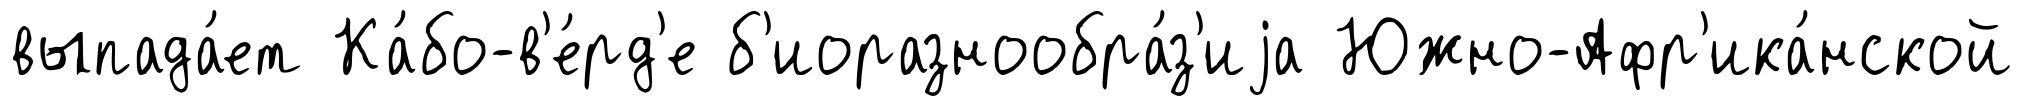
выпада́ет Ка́бо-в'е́рд'е б'иоразнообра́з'иjа Южно-Афр'ика́нской